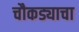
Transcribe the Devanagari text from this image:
चौकड्याचा